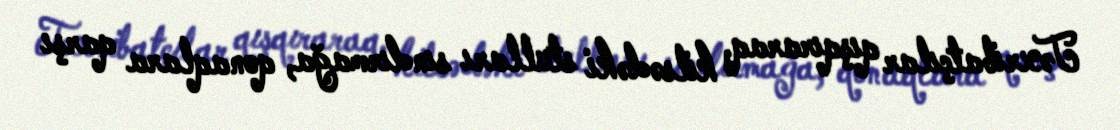
Təxribatçılar qışqıraraq, kilsədəki stulları sındırmağa, qonaqlara qarşı